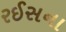
રઈસના